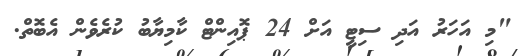
"މި އަހަރު އަދި ސިޓީ އަށް 24 ޕޮއިންޓް ކާމިޔާބު ކުރެވެން އެބޮތް.